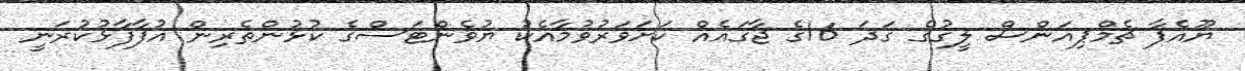
ޔޫއެފާ ޗެމްޕިއަންސް ލީގުގެ ގަދަ 16ގެ ޖާގައެއް ކަށަވަރުވުމާއެކު ޔުވެންޓަސްގެ ކުޅުންތެރިން އުފާފާޅުކުރަނީ